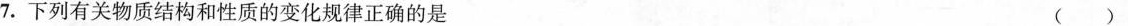
7. 下列有关物质结构和性质的变化规律正确的是 ( )